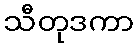
သီတုဒကာ